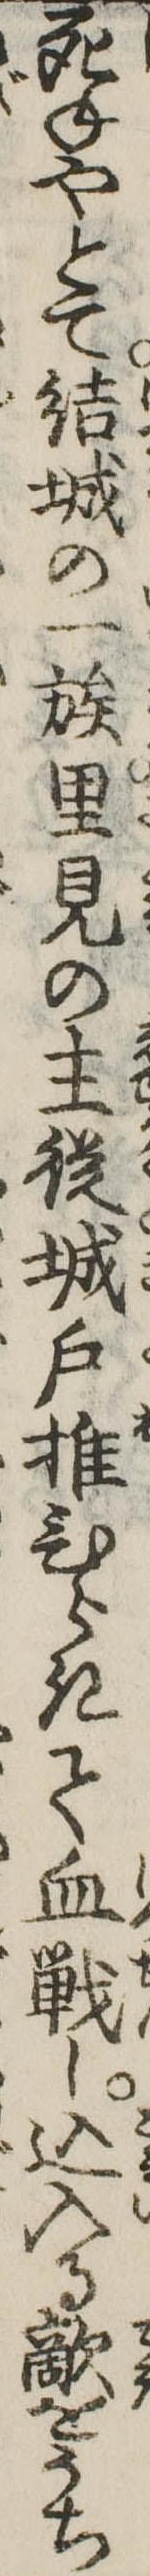
死ねやとて結城の一族里見の主従城戸推ひらきて血戦し込入る敵をうち